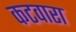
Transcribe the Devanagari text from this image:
कटवारा